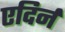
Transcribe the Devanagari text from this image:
एदिर्न